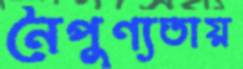
নৈপুণ্যতায়